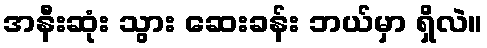
အနီးဆုံး သွား ဆေးခန်း ဘယ်မှာ ရှိလဲ။